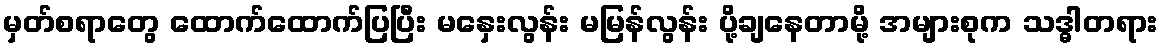
မှတ်စရာတွေ ထောက်ထောက်ပြပြီး မနှေးလွန်း မမြန်လွန်း ပို့ချနေတာမို့ အများစုက သဒ္ဓါတရား